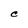
Character: C